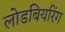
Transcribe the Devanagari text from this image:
लोडबियरिंग